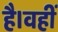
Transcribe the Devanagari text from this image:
है।वहीं